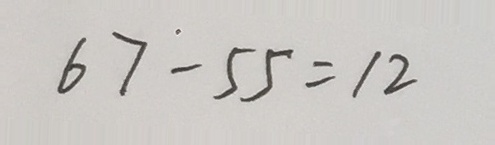
6 7 - 5 5 = 1 2